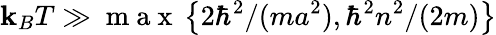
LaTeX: \mathbf{k}_{B}T\gg\mathrm{{~m~a~x~}}\left\{ 2\hbar^{2}/(ma^{2}),\hbar^{2}n^{2}/(2m)\right\}